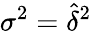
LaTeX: \sigma^{2}=\widehat\delta^{2}